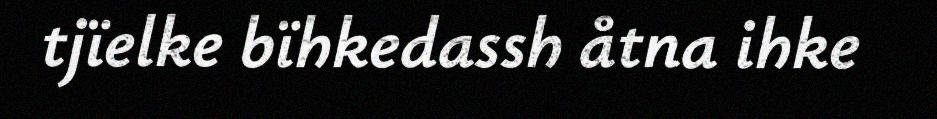
tjïelke bïhkedassh åtna ihke